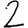
Digit: 2